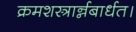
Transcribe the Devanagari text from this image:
क्रमशस्त्रार्न्नबार्धत।